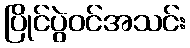
ပြိုင်ပွဲဝင်အသင်း